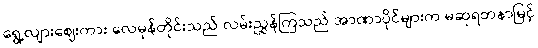
ရွေ့လျားဈေးကား လေမုန်တိုင်းသည် လမ်းညွှန်ကြသည် အာဏာပိုင်များက မဆုရတနာမြင့်